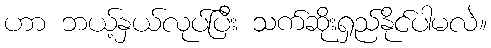
ဟာ ဘယ့်နှယ်လုပ်ပြီး သက်ဆိုးရှည်နိုင်ပါမလဲ။